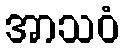
အာသဝံ